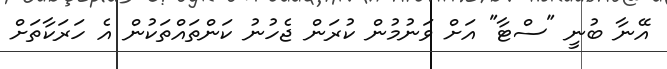
އޭނާ ބުނީ "ސްޓާ" އަށް ވަނުމުން ކުރަން ޖެހުނު ކަންތައްތަކުން އެ ހަރަކާތަށް